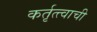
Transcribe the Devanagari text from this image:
कर्तृत्त्वाची